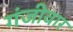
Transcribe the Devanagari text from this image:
गंजीवार